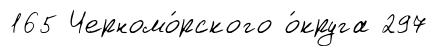
165 Черномо́рского о́круга 297